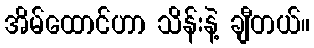
အိမ်ထောင်ဟာ သိန်းနဲ့ ချီတယ်။